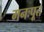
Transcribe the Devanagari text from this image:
मनःपूत